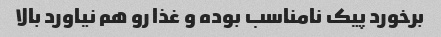
برخورد پیک نامناسب بوده و غذا رو هم نیاورد بالا